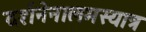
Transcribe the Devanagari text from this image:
दर्शनेनालमस्यात्र